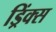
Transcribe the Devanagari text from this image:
ड्रिंक्‍स